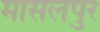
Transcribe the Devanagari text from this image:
मासलपुर